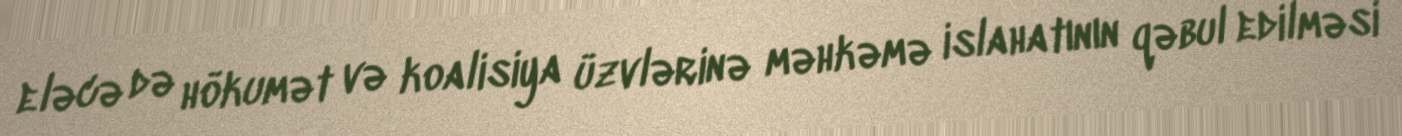
eləcə də hökumət və koalisiya üzvlərinə məhkəmə islahatının qəbul edilməsi